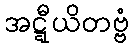
အဋ္ဋီယိတဗ္ဗံ